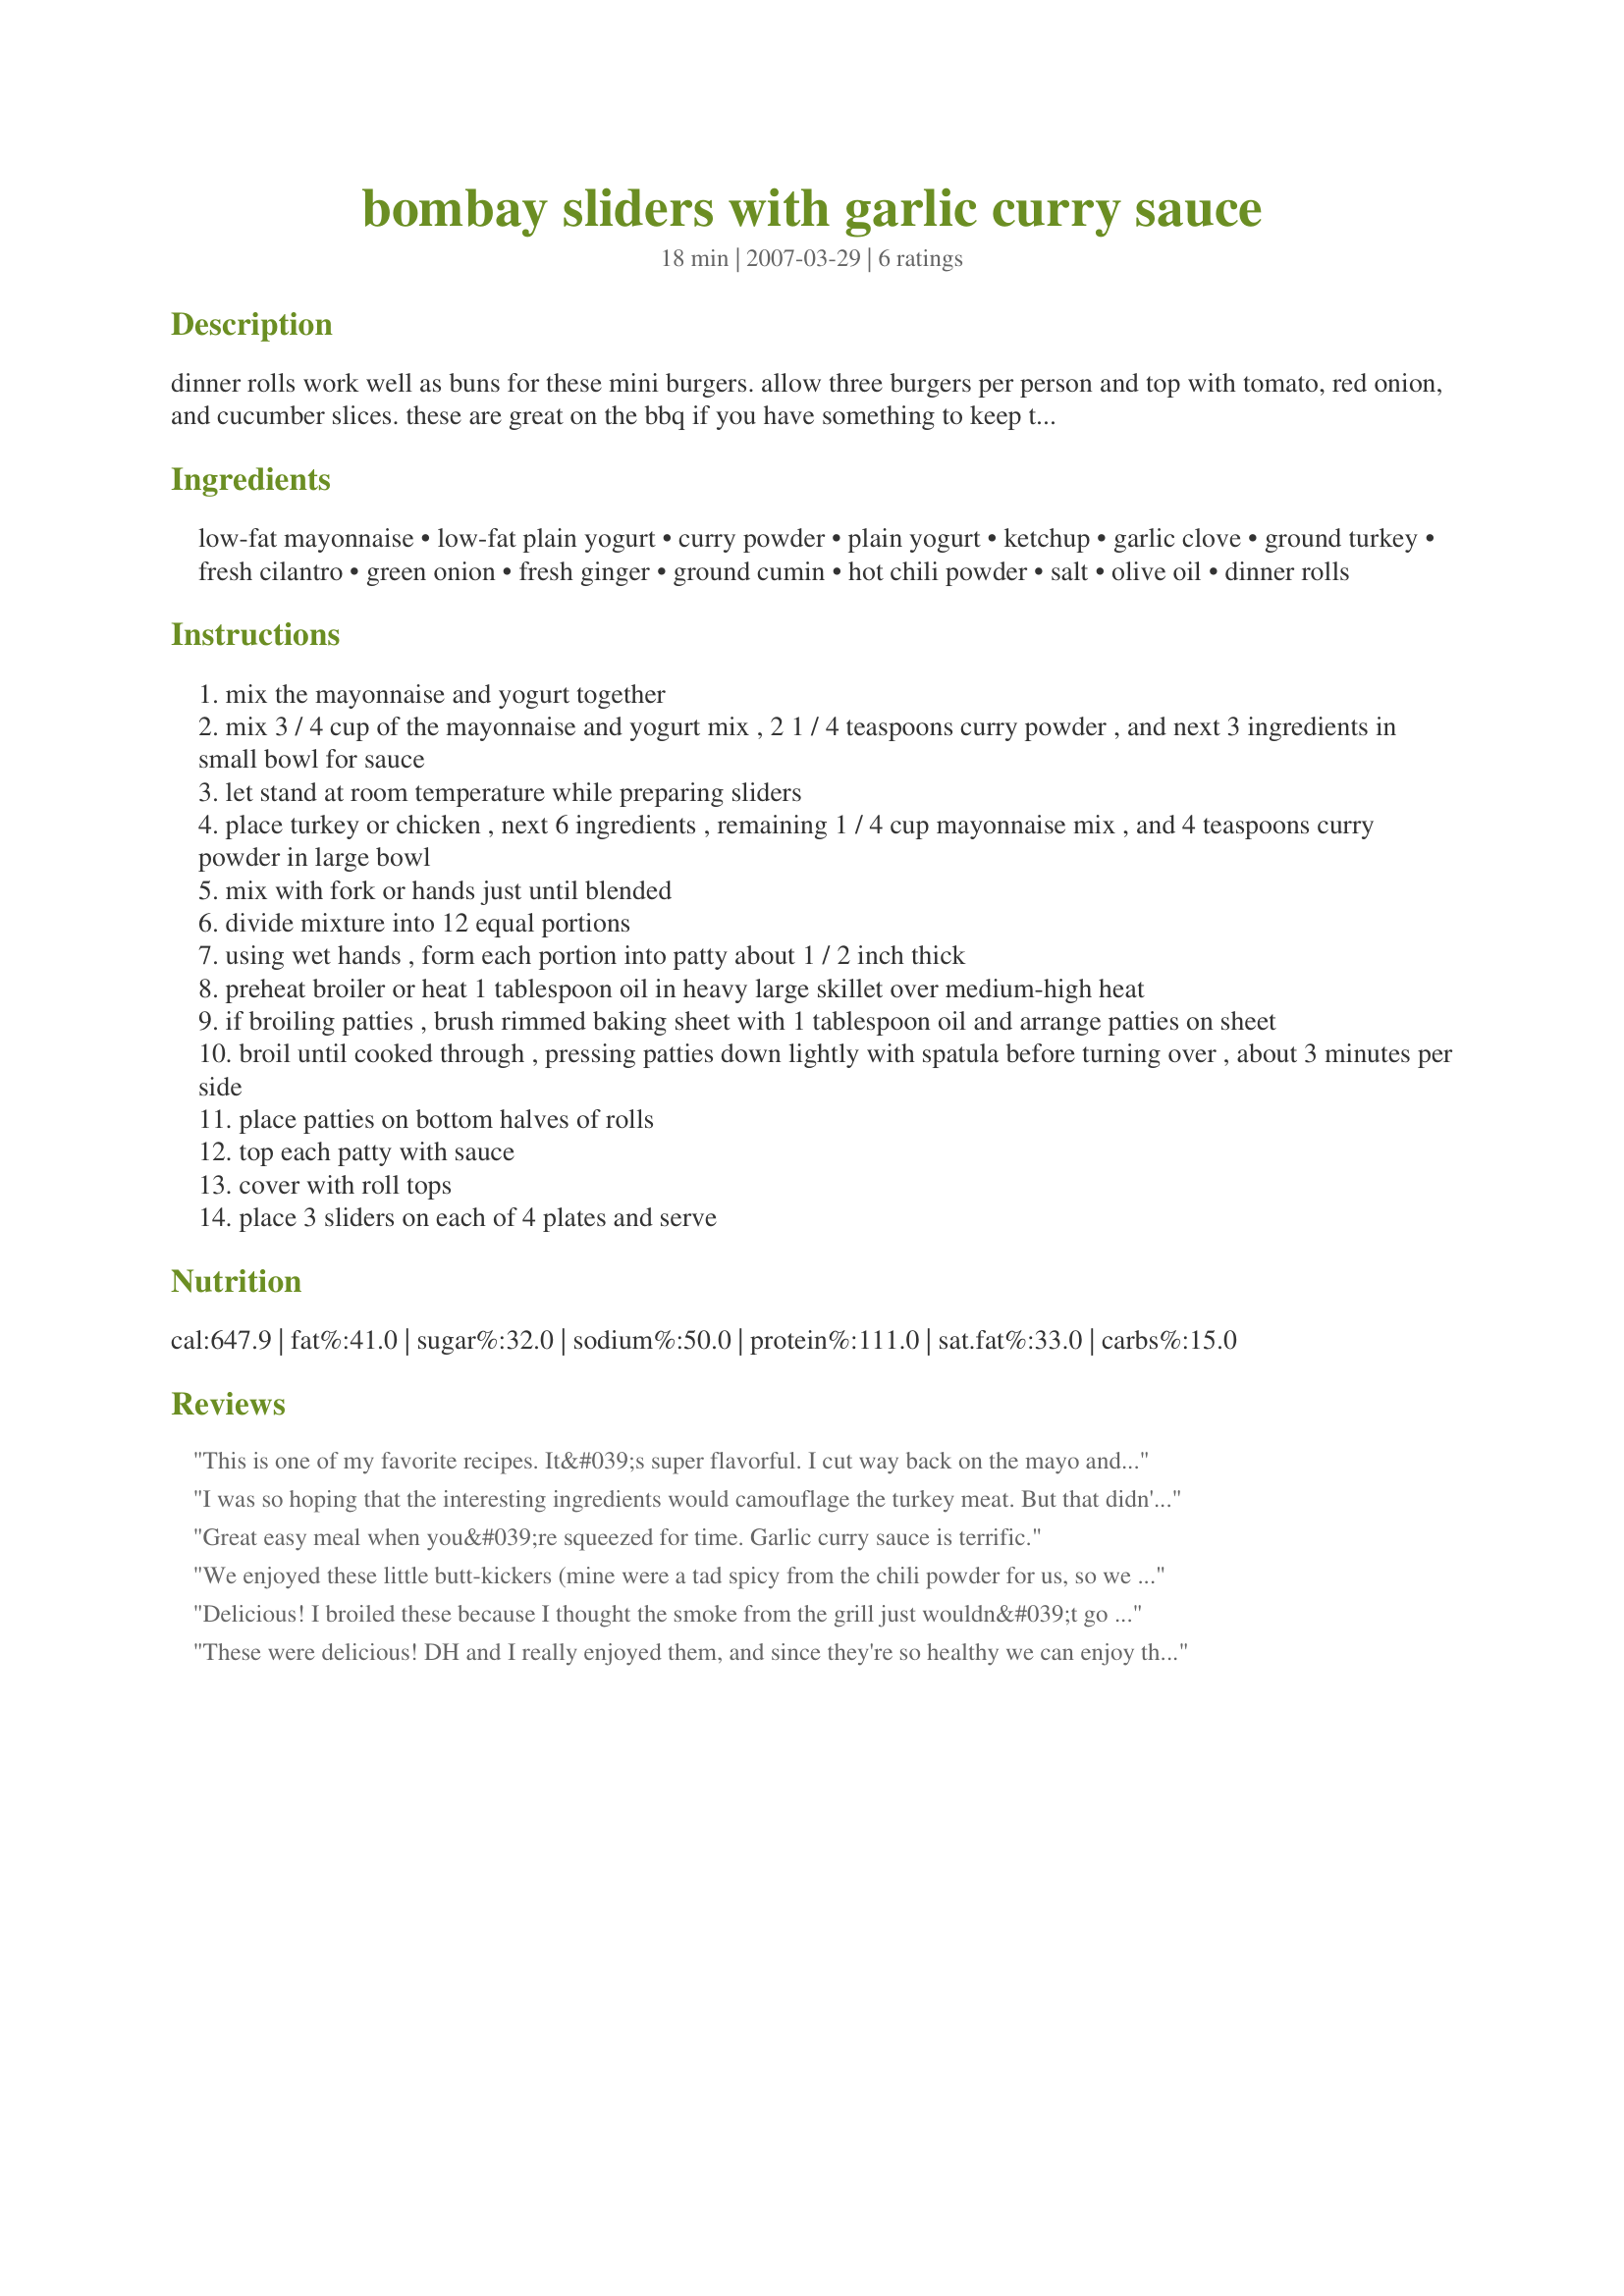
bombay sliders with garlic curry sauce
Preparation time: 18 minutes

dinner rolls work well as buns for these mini burgers. allow three burgers per person and top with tomato, red onion, and cucumber slices. these are great on the bbq if you have something to keep them from falling through the grill bars.

Ingredients:
low-fat mayonnaise, low-fat plain yogurt, curry powder, plain yogurt, ketchup, garlic clove, ground turkey, fresh cilantro, green onion, fresh ginger, ground cumin, hot chili powder, salt, olive oil, dinner rolls

Steps:
mix the mayonnaise and yogurt together
mix 3 / 4 cup of the mayonnaise and yogurt mix , 2 1 / 4 teaspoons curry powder , and next 3 ingredients in small bowl for sauce
let stand at room temperature while preparing sliders
place turkey or chicken , next 6 ingredients , remaining 1 / 4 cup mayonnaise mix , and 4 teaspoons curry powder in large bowl
mix with fork or hands just until blended
divide mixture into 12 equal portions
using wet hands , form each portion into patty about 1 / 2 inch thick
preheat broiler or heat 1 tablespoon oil in heavy large skillet over medium-high heat
if broiling patties , brush rimmed baking sheet with 1 tablespoon oil and arrange patties on sheet
broil until cooked through , pressing patties down lightly with spatula before turning over , about 3 minutes per side
place patties on bottom halves of rolls
top each patty with sauce
cover with roll tops
place 3 sliders on each of 4 plates and serve

Reviews:
This is one of my favorite recipes. It&#039;s super flavorful. I cut way back on the mayo and add replace it with more yogurt to make it even healthier. This is my revised sauce:&lt;br/&gt;&lt;br/&gt;Garlic Curry Sauce&lt;br/&gt;&lt;br/&gt;1/4 cup mayonnaise&lt;br/&gt;3 teaspoons curry powder&lt;br/&gt;1/2 cup plain yogurt&lt;br/&gt;1 1/2	tablespoons ketchup&lt;br/&gt;1	garlic clove, minced&lt;br/&gt;1 Tbsp. Lemon Juice&lt;br/&gt;&lt;br/&gt;Mix ingredients and let stand at room temperature while preparing sliders.
I was so hoping that the interesting ingredients would camouflage the turkey meat. But that didn't happen. Although the ingredients did stand out the turkey was so dry that I could only eat 1/2 a slider. DH ate two of his. I used slider mini buns that I toasted. They were so cute. I also served the tomato, cucumber and red onion on the side. Thanks for letting me try your recipe.
Great easy meal when you&#039;re squeezed for time. Garlic curry sauce is terrific.
We enjoyed these little butt-kickers (mine were a tad spicy from the chili powder for us, so we had lots of milk at the ready). VERY interesting flavor (and I mean that in a good way!) and we're usually not fond of poultry patties/burgers....but the sauce drew us in. :) Thanks for the recipe!
Delicious! I broiled these because I thought the smoke from the grill just wouldn&#039;t go with these spices. I used ground turkey, but a mix of white and dark so the meat wasn&#039;t dry at all. What a quick and easy thing to make on a weeknight. This would be great food for watching football too! Thanks for sharing! Made for Rookie tag game.
These were delicious! DH and I really enjoyed them, and since they're so healthy we can enjoy them often. The sauce definitely makes these something special! I can actually see using the sauce for more than just the burgers as it's just delicious. I did make a mistake, though! I tasted the sauce before putting it on the burgers and found it a bit strong (both garlic and curry), so I added more yogurt to tame it a bit...but once it was on the burgers I was wishing I'd left it alone; we needed more sauce than we would have otherwise. However, with the additional yogurt it could almost be a garlic-curry dip, so I suppose I didn't mess it up too bad! ;) This is definitely one of our all-time favorite turkey burgers! Thanks for sharing your recipe, Annacia!
